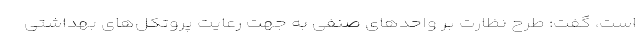
است، گفت: طرح نظارت بر واحدهای صنفی به جهت رعایت پروتکل‌های بهداشتی